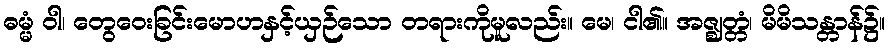
ဓမ္မံ ဝါ၊ တွေဝေးခြင်းမောဟနှင့်ယှဉ်သော တရားကိုမူလည်း။ မေ၊ ငါ၏။ အဇ္ဈတ္တံ၊ မိမိသန္တာန်၌။